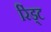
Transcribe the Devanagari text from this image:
रिंड्ट